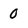
Character: 0